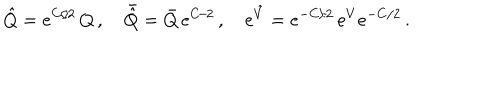
LaTeX: \hat { Q } = { e } ^ { C / 2 } \, Q \, , \quad \bar { \hat { Q } } = \bar { Q } \, { e } ^ { C / 2 } \, , \quad { e } ^ { \hat { V } } = { e } ^ { - C / 2 } \, { e } ^ { V } { e } ^ { - C / 2 } \, .